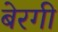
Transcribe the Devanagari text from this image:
बेरगी